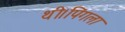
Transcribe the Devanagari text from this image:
थी।पिंगला